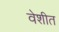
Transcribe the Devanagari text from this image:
वेशीत